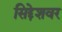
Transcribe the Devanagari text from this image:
सिद्देशवर